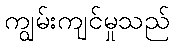
ကျွမ်းကျင်မှုသည်